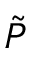
\tilde { P }